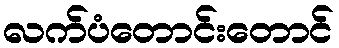
လက်ပံတောင်းတောင်